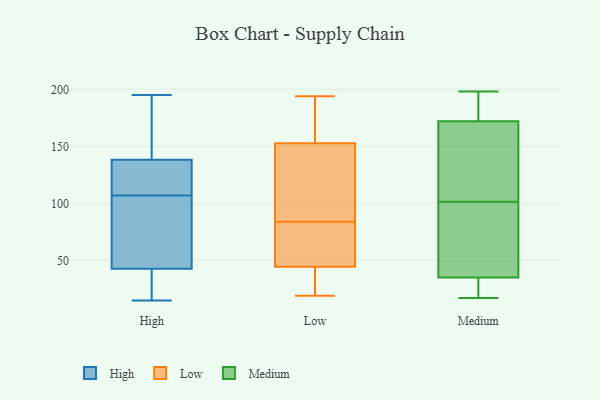
{"axis": {"x": "Customer Acquisition Cost (USD)", "y": "Value"}, "legend": ["High", "Low", "Medium"], "data": [{"x": "", "y": 42, "type": "High"}, {"x": "", "y": 154, "type": "High"}, {"x": "", "y": 15, "type": "High"}, {"x": "", "y": 81, "type": "High"}, {"x": "", "y": 104, "type": "High"}, {"x": "", "y": 133, "type": "High"}, {"x": "", "y": 131, "type": "High"}, {"x": "", "y": 195, "type": "High"}, {"x": "", "y": 165, "type": "High"}, {"x": "", "y": 112, "type": "High"}, {"x": "", "y": 43, "type": "High"}, {"x": "", "y": 27, "type": "High"}, {"x": "", "y": 107, "type": "High"}, {"x": "", "y": 53, "type": "Low"}, {"x": "", "y": 32, "type": "Low"}, {"x": "", "y": 137, "type": "Low"}, {"x": "", "y": 178, "type": "Low"}, {"x": "", "y": 21, "type": "Low"}, {"x": "", "y": 194, "type": "Low"}, {"x": "", "y": 46, "type": "Low"}, {"x": "", "y": 76, "type": "Low"}, {"x": "", "y": 84, "type": "Low"}, {"x": "", "y": 179, "type": "Low"}, {"x": "", "y": 19, "type": "Low"}, {"x": "", "y": 92, "type": "Low"}, {"x": "", "y": 44, "type": "Low"}, {"x": "", "y": 158, "type": "Low"}, {"x": "", "y": 115, "type": "Low"}, {"x": "", "y": 60, "type": "Medium"}, {"x": "", "y": 186, "type": "Medium"}, {"x": "", "y": 17, "type": "Medium"}, {"x": "", "y": 32, "type": "Medium"}, {"x": "", "y": 172, "type": "Medium"}, {"x": "", "y": 82, "type": "Medium"}, {"x": "", "y": 35, "type": "Medium"}, {"x": "", "y": 198, "type": "Medium"}, {"x": "", "y": 121, "type": "Medium"}, {"x": "", "y": 138, "type": "Medium"}]}